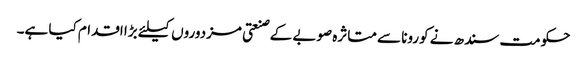
حکومت سندھ نے کورونا سے متاثرہ صوبے کے صنعتی مزدوروں کیلئے بڑا اقدام کیا ہے۔